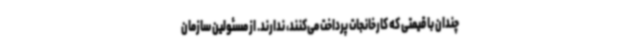
چندان با قیمتی که کارخانجات پرداخت می‌کنند، ندارند. از مسئولین سازمان